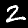
Digit: 2